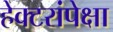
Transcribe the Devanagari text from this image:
हेक्टरांपेक्षा